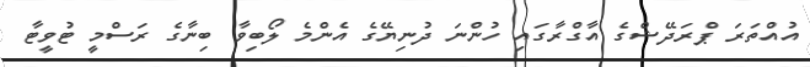
އުއްތަރަ ޕްރަދޭޝްގެ އާގްރާގައި ހުންނަ ދުނިޔޭގެ އެންމެ ލޯބިވާ ބިނާގެ ރަސްމީ ޓުވީޓާ